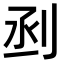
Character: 𠜉